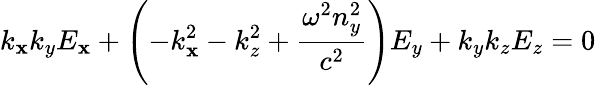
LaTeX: k_{\mathbf{x}}k_{y}E_{\mathbf{x}}+\left(-k_{\mathbf{x}}^{2}-k_{z}^{2}+{\frac{{\omega^{2}n_{y}^{2}}}{{c^{2}}}}\right)E_{y}+k_{y}k_{z}E_{z}=0